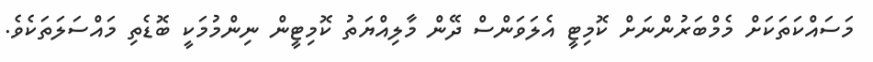
މަސައްކަތަކަށް މެމްބަރުންނަށް ކޮމިޓީ އެލަވަންސް ދޭން މާލިއްޔަތު ކޮމިޓީން ނިންމުމަކީ ބޮޑެތި މައްސަލަތަކެވެ.